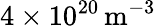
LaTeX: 4\times 10^{20}\, \mathrm{m}^{-3}